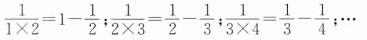
$$\frac { 1 } { 1 \times 2 } = 1 - \frac { 1 } { 2